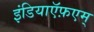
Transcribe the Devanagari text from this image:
इंडियाऍफ़एम्